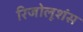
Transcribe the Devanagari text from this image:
रिजोलूशंस